Vaccination in Bombay 1874-1876 - 1874-1876
Year: 1874
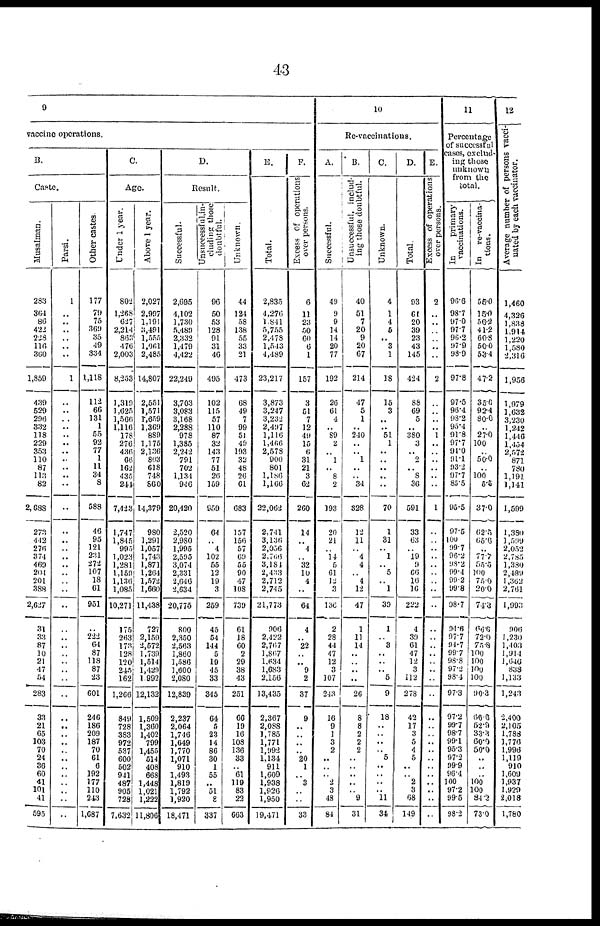
43
9
vaccine operations.
B.
Caste.
Musalman.
283
364
86
422
228
116
360
1,859
439
529
206
332
118
229
353
110
87
113
82
2,688
273
442
276
374
460
204
201
388
2,627
31
33
87
10
21
47
54
283
33
21
65
103
70
24
36
60
41
101
41
595
Parsi.
1
..
..
..
..
..
..
1
..
..
..
..
..
..
.. ..
..
.. ..
..
..
..
..
..
..
..
..
..
..
..
..
..
..
..
..
..
..
..
..
..
..
..
..
..
..
..
..
..
..
Other castes
177
79
75
369
35
49
334
1,118
112
66
131
1
55
92
77
1
11
34
8
588
46
95
121
231
272
107
18
61
951
..
222
64
87
118
87
23
601
246
186
209
187
70
61
6
192
177
110
243
1,687
C.
Age.
Under 1 year.
802
1,268
627
2,214
863
476
2,003
8,253
1,319
1,625
1,566
1,116
178
276
436
66
162
435
244
7,423
1,747
1,845
995
1,023
1,281
1,159
1,136
1,085
10,271
175
263
173
128
120
245
162
1,266
849
728
383
972
537
600
502
941
487
905
728
7,632
Above 1 year.
2,027
2,997
1,191
3,491
1,555
1,961
2,485
14,807
2,551
1,571
1,659
1,369
889
1,175
2,136
803
618
748
860
14,379
980
1,291
1,057
1,743
1,871
1,264
1,572
1,660
11,438
727
2,159
2,572
1,739
1,514
1,429
1,992
12,132
1,509
1,360
1,402
799
1,455
514
408
668
1,448
1,021
1,222
11,806
D.
Result.
Successful.
2,695
4,102
1,730
5,489
2,332
1,479
4,422
22,249
3,703
3,083
3,168
2,288
978
1,385
2,242
791
702
1,134
946
20,420
2,520
2,980
1,995
2,595
3,074
2,331
2,646
2,634
20,775
800
2,350
2,563
1,860
1,586
1,600
2,080
12,839
2,237
2,064
1,746
1,649
1,770
1,071
910
1,493
1,819
1,792
1,920
18,471
Unsuccessful, in-
cluding
those
doubtful.
96
50
53
128
91
31
46
495
102
115
57
110
87
32
143
77
51
26
159
959
64
.. 4
102
55
12
19
3
259
45
54
144
5
19
45
33
345
64
5
23
14
86
30
1
55
.. 51
8
337
Unknown.
44
124
58
138
55
33
21
473
68
49
7
99
51
49
193
32
48
26
61
683
157
156
57
69
55
90
47
108
739
61
18
60
2
29
38
43
251
66
19
16
108
136
33
.. 61
119
83
22
663
E.
Total.
2,835
4,276
1,841
5,755
2,178
1,543
4,489
23,217
3,873
3,247
3,232
2,497
1,116
1,466
2,578
900
801
1,186
1,166
22,062
2,741
3,136
2,056
2,766
3,184
2,433
2,712
2,745
21,773
906
2,422
2,767
1,867
1,634
1,683
2,156
13,435
2,367
2,088
1,785
1,771
1,992
1,134
911
1,609
1,938
1,926
1,950
19,171
F.
Excess of operations
over persons.
6
11
23
50
60
6
1
157
3
51
7
12
49
15
6
31
21
3
62
260
14
.. 4
.. 32
10
4
..
64
4
.. 22
.. .. 9
2
37
9
..
..
..
.. 20
1
.. 3
..
..
33
10
Re-vaccinations.
A.
Successful.
49
9
9
14
14
20
77
192
26
61
4
.. 89
2
.. 1
.. 8
2
193
20
21
.. 14
5
61
12
3
136
2
28
44
47
12
3
107
243
16
9
1
3
2
..
.. .. 2
3
48
84
B.
Unsuccessful, includ-
ing those doubtful.
40
51
7
20
9
20
67
214
47
5
1
.. 240
..
.. 1
..
.. 34
328
12
11
.. 4
4
.. 4
12
47
1
11
14
..
..
.. ..
26
8
8
2
2
2
..
..
..
..
.. 9
31
C.
Unknown.
4
1
4
5
.. 3
1
18
15
3
..
.. 51
1
..
..
.. ..
..
70
1
31
.. 1
.. 5
.. 1
30
1
.. 3
..
..
.. 5
9
18
..
.. ..
.. 5
..
..
..
.. 11
31
D.
Total.
93
61
20
39
23
43
145
424
88
69
5
.. 380
3
.. 2
..
8
36
591
33
63
.. 19
9
66
16
16
222
4
39
61
47
12
3
112
278
42
17
3
5
4
5
..
.. 2
3
68
149
E.
Excess of operations
over persons.
2
..
..
..
..
..
..
2
..
..
..
.. 1
..
..
..
..
..
..
1
..
..
..
..
..
..
..
..
..
..
..
..
..
..
..
..
..
..
..
..
..
..
..
..
..
..
..
..
..
11
Percentage
of successful
cases, exclud-
ing those
unknown
from the
total.
In
primary
vaccinations.
96.6
98.7
97.0
97.7
96.2
97.9
98.9
97.8
97.5
96.4
98.2
95.4
91.8
97.7
91.0
91.1
93.2
97.7
85.5
95.5
97.5
100
99.7
96.2
98.2
99.4
99.2
99.8
98.7
94.6
97.7
94.7
99.7
98.8
97.2
98.4
97.3
97.2
99.7
98.7
99.1
95.3
97.2
99.9
96.4
100
97.2
99.5
98.2
In
re-vaccina-
tions.
55.0
15.0
56.2
41.2
60.8
50.0
53.4
47.2
35.6
92.4
80.0
.. 27.0
100
.. 50.0
.. 100
5.5
37.0
62.5
65.6
..
77.7
55.5
100 75.0
20.0
74.3
66.6
72.0
75.8
100 100
100
100
90.3
66.6
52.9
33.3
60.0
50.0
..
..
.. 100
100
84.2
73.0
12
Average number of persons vacci-
nated by each vaccinator.
1,460
4,326
1,838
1,914
1,220
1,580
2,316
1,958
1,979
1,632
3,230
1,242
1,446
1,454
2,572
871
780
1,191
1,141
1,599
1,380
1,589
2,052
2,785
1,380
2,489
1,362
2,761
1,993
906
1,230
1,403
1,914
1,646
838
1,133
1,243
2,400
2,105
1,788
1,776
1,996
1,119
910
1,609
1,937
1,929
2,018
1,780